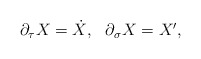
\begin{align*}\begin{array}{cc}\partial _\tau X=\dot X, & \partial _\sigma X=X^{\prime },\end{array}\end{align*}